Civil Veterinary Department Bengal reports 1933-51 - 1933-1951
Year: 1933
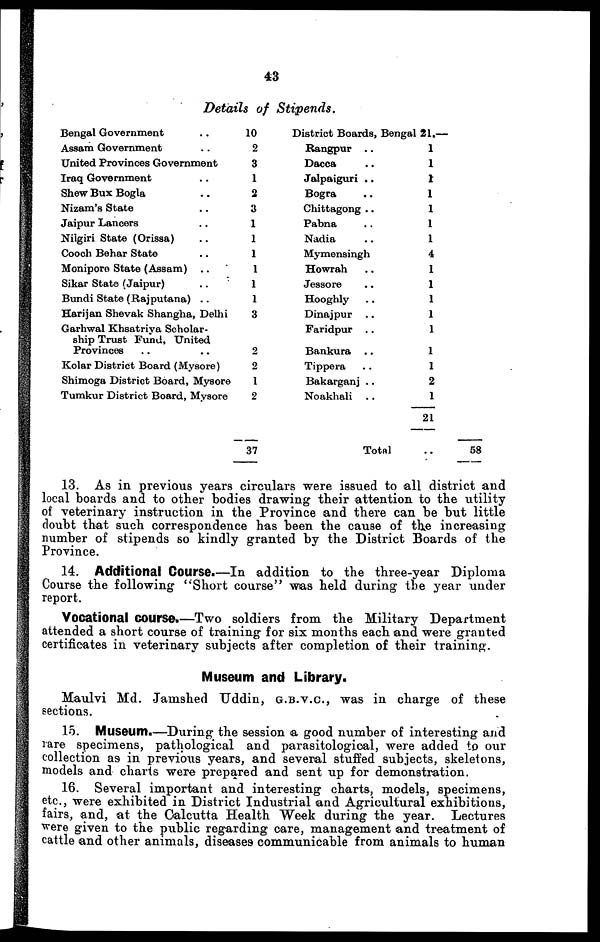
43
Details of
Stipends.
Bengal Government ..
Assam Government ..
United Provinces Government
Iraq Government ..
Shew Bux Bogla ..
Nizam's State ..
Jaipur Lancers ..
Nilgiri State (Orissa) ..
Cooch Behar State ..
Monipore State (Assam) ..
Sikar State (Jaipur) ..
Bundi State (Rajputana) ..
Harijan Shevak Shangha, Delhi
Garhwal Khsatriya Scholar-
ship Trust Fund, United
Provinces .. ..
Kolar District Board (Mysore)
Shimoga District Board, Mysore
Tumkur District Board, Mysore
10
2
3
1
2
3
1
1
1
1
1
1
3
2
2
1
2
37
District Boards, Bengal 21.—
Rangpur ..
Dacca
Jalpaiguri ..
Bogra ..
Chittagong ..
Pabna..
Nadia..
Mymensingh
Howrah ..
Jessor ..
Hooghly ..
Dinajpur ..
Faridpur . .
Bankura..
Tippera ..
Bakarganj ..
Noakhali ..
Total
1
1
1
1
1
1
1
4
1
1
1
1
1
1
1
2
1
21
..
58
13. As in previous years circulars were issued to all district and
local boards and to other bodies drawing their attention to the utility
of veterinary instruction in the Province and there can be but little
doubt that such correspondence has been the cause of the increasing-
number of stipends so kindly granted by the District Boards of the
Province.
14. Additional Course.—In addition to the three-year Diploma
Course the following "Short course" was held during the year under
report.
Vocational course.—Two soldiers from the Military Department
attended a short course of training for six months each and were granted
certificates in veterinary subjects after completion of their training.
Museum and Library.
Maulvi Md. Jamshed Uddin, G.B.V.C, was in charge of these
sections.
15. Museum.—During the session a good number of interesting and
rare specimens, pathological and parasitological, were added to our
collection as in previous years, and several stuffed subjects, skeletons,
models and charts were prepared and sent up for demonstration.
16. Several important and interesting charts, models, specimens,
etc., were exhibited in District Industrial and Agricultural exhibitions,
fairs, and, at the Calcutta Health Week during the year. Lectures
were given to the public regarding care, management and treatment of
cattle and other animals, diseases communicable from animals to human